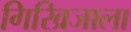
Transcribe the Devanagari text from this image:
गिरिव्रजाला